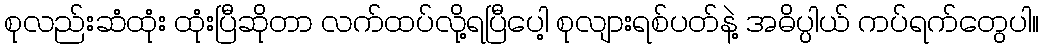
စုလည်းဆံထုံး ထုံးပြီဆိုတာ လက်ထပ်လို့ရပြီပေါ့ စုလျားရစ်ပတ်နဲ့ အဓိပ္ပါယ် ကပ်ရက်တွေပါ။